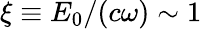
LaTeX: \xi\equiv E_{0}/(c\omega)\sim 1